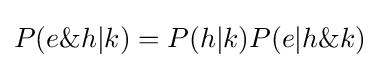
P(e\&h|k)=P(h|k)P(e|h\&k)